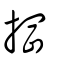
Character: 掆